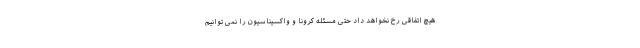
هیچ اتفاقی رخ نخواهد داد حتی مسئله کرونا و واکسیناسیون را نمی ‌توانیم